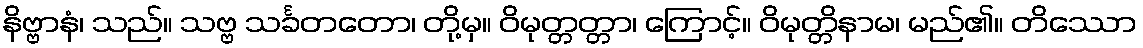
နိဗ္ဗာနံ၊ သည်။ သဗ္ဗ သင်္ခတတော၊ တို့မှ။ ဝိမုတ္တတ္တာ၊ ကြောင့်။ ဝိမုတ္တိနာမ၊ မည်၏။ တိဿော